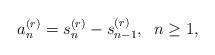
LaTeX: \begin{align*}a_n^{(r)}=s_n^{(r)}-s_{n-1}^{(r)}, \;\; n\ge 1,\end{align*}